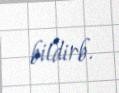
bildirb.